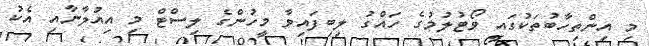
މި އިންތިހާބުތަކުގައި ވޯޓުލުމުގެ ހައްގު ލިބިފައިވާ މީހުންގެ ލިސްޓް މި އިއުލާނާއި އެކު